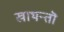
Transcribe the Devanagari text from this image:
खाथन्तॊ